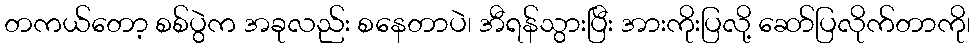
တကယ်တော့ စစ်ပွဲက အခုလည်း စနေတာပဲ၊ အီရန်သွားပြီး အားကိုးပြလို့ ဆော်ပြလိုက်တာကို၊